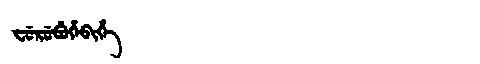
Manchu: ᠸᡠᡵᡠᠪᡠᡥᡝᠪᡳᡥᡝ
Romanization: FURUBUHEBIHE